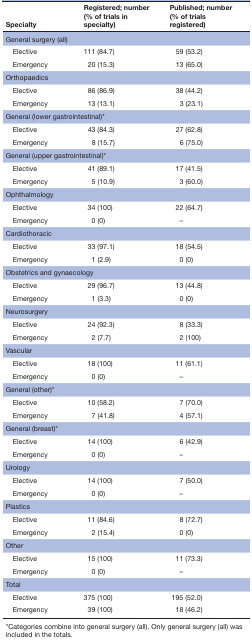
<table><thead><tr><td><b>Specialty</b></td><td><b>Registered; number (% of trials in specialty)</b></td><td><b>Published; number (% of trials registered)</b></td></tr></thead><tbody><tr><td colspan="3">General surgery (all)</td></tr><tr><td> Elective</td><td>111 (84.7)</td><td>59 (53.2)</td></tr><tr><td> Emergency</td><td>20 (15.3)</td><td>13 (65.0)</td></tr><tr><td colspan="3">Orthopaedics</td></tr><tr><td> Elective</td><td>86 (86.9)</td><td>38 (44.2)</td></tr><tr><td> Emergency</td><td>13 (13.1)</td><td>3 (23.1)</td></tr><tr><td colspan="3">General (lower gastrointestinal)*</td></tr><tr><td> Elective</td><td>43 (84.3)</td><td>27 (62.8)</td></tr><tr><td> Emergency</td><td>8 (15.7)</td><td>6 (75.0)</td></tr><tr><td colspan="3">General (upper gastrointestinal)*</td></tr><tr><td> Elective</td><td>41 (89.1)</td><td>17 (41.5)</td></tr><tr><td> Emergency</td><td>5 (10.9)</td><td>3 (60.0)</td></tr><tr><td colspan="3">Ophthalmology</td></tr><tr><td> Elective</td><td>34 (100)</td><td>22 (64.7)</td></tr><tr><td> Emergency</td><td>0 (0)</td><td>–</td></tr><tr><td colspan="3">Cardiothoracic</td></tr><tr><td> Elective</td><td>33 (97.1)</td><td>18 (54.5)</td></tr><tr><td> Emergency</td><td>1 (2.9)</td><td>0 (0)</td></tr><tr><td colspan="3">Obstetrics and gynaecology</td></tr><tr><td> Elective</td><td>29 (96.7)</td><td>13 (44.8)</td></tr><tr><td> Emergency</td><td>1 (3.3)</td><td>0 (0)</td></tr><tr><td colspan="3">Neurosurgery</td></tr><tr><td> Elective</td><td>24 (92.3)</td><td>8 (33.3)</td></tr><tr><td> Emergency</td><td>2 (7.7)</td><td>2 (100)</td></tr><tr><td colspan="3">Vascular</td></tr><tr><td> Elective</td><td>18 (100)</td><td>11 (61.1)</td></tr><tr><td> Emergency</td><td>0 (0)</td><td>–</td></tr><tr><td colspan="3">General (other)*</td></tr><tr><td> Elective</td><td>10 (58.2)</td><td>7 (70.0)</td></tr><tr><td> Emergency</td><td>7 (41.8)</td><td>4 (57.1)</td></tr><tr><td colspan="3">General (breast)*</td></tr><tr><td> Elective</td><td>14 (100)</td><td>6 (42.9)</td></tr><tr><td> Emergency</td><td>0 (0)</td><td>–</td></tr><tr><td colspan="3">Urology</td></tr><tr><td> Elective</td><td>14 (100)</td><td>7 (50.0)</td></tr><tr><td> Emergency</td><td>0 (0)</td><td>–</td></tr><tr><td colspan="3">Plastics</td></tr><tr><td> Elective</td><td>11 (84.6)</td><td>8 (72.7)</td></tr><tr><td> Emergency</td><td>2 (15.4)</td><td>0 (0)</td></tr><tr><td colspan="3">Other</td></tr><tr><td> Elective</td><td>15 (100)</td><td>11 (73.3)</td></tr><tr><td> Emergency</td><td>0 (0)</td><td>–</td></tr><tr><td colspan="3">Total</td></tr><tr><td> Elective</td><td>375 (100)</td><td>195 (52.0)</td></tr><tr><td> Emergency</td><td>39 (100)</td><td>18 (46.2)</td></tr></tbody></table>